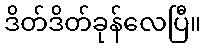
ဒိတ်ဒိတ်ခုန်လေပြီ။